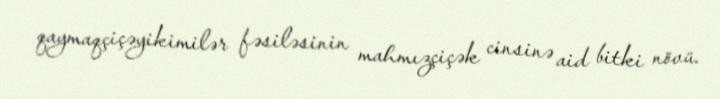
qaymaqçiçəyikimilər fəsiləsinin mahmızçiçək cinsinə aid bitki növü.